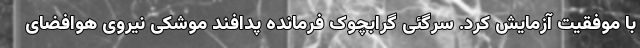
با موفقیت آزمایش کرد. سرگئی گرابچوک فرمانده پدافند موشکی نیروی هوافضای